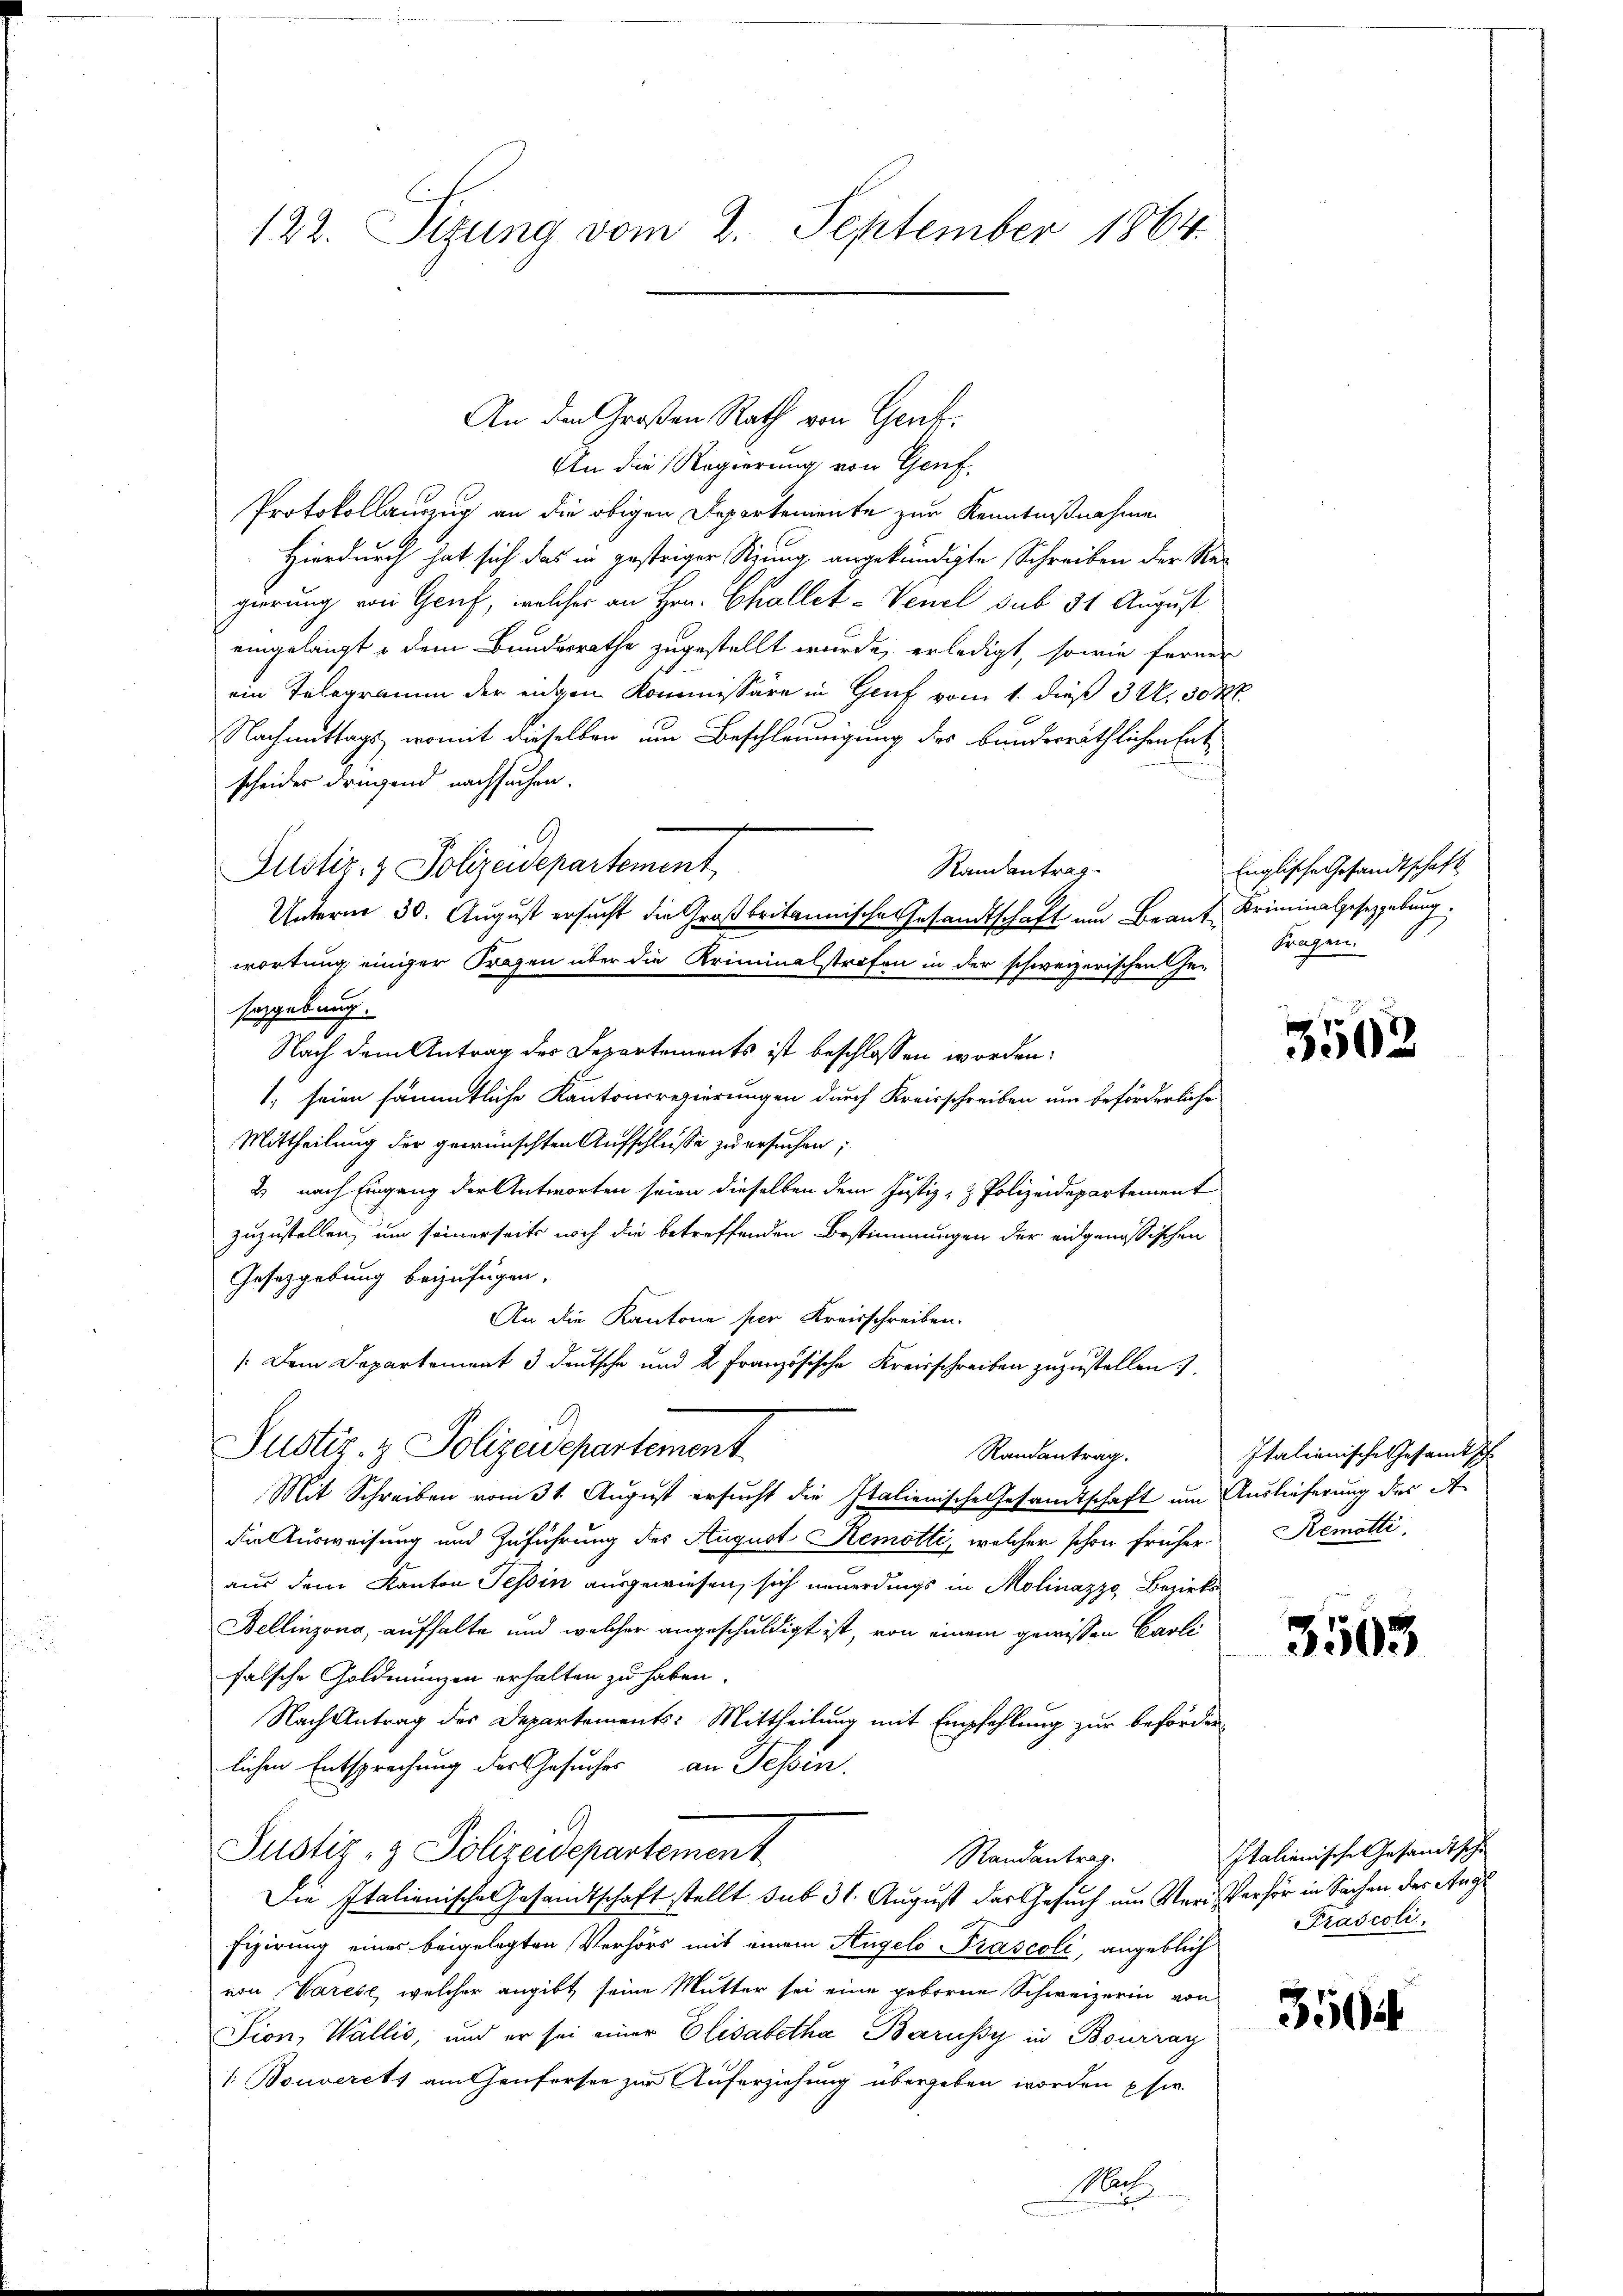
122. Sizung vom 2. September 1864.

An die Regierung von Genf,
Protokollauszug an die obigen Departemente zur Kenntnißnahmen
Hierdurch hat sich das in gestriger Riung angekündigte Schreiben der Re-
gierung von Genf, welcher an Hrn. Challet-Venel sub 31 August
eingelangt u dem Bundesrathe zugestellt wurde, erledigt, sowie ferner
ein Telegramm der eigen Kommissäre in Genf vom 1. dieß 3 U. 304.
Nachmittags, womit dieselben um Beschleunigung des bunderräthlichen Entscheides drügend nachsuchen.
9
Justiz- & Polizeidepartement
Randantrag
Unterne 30. August ersucht die Großbritannische Gesandtschaft um Beant Kriminalgesetzgebung
wortung einiger Fragen über die Kriminalstrafen in der schweizerischen Ge-
sazgebung.
Nach dem Antrag des Departements ist beschlossen worden:
1. seien sämmtliche Kantonsregierungen durch Kreisschreiben um beförderliche
Mittheilung der gewünschten Aufschlusse zu ersuchen;
2 nach Eingang der Antworten seien dieselben dem Justiz- & Polizeidepartement
zuzustellen, um seinerseits noch die betreffenden Bestimmungen der eidgenössischen
Gesetzgebung beizufügen.
An die Kantone per Kreisschreiben.
[Dem Departement 3 deutsche und 2 Französische Kreisschreiben zuzustellen
Justiz- & Polizeidepartement
Randantrag.
Mit Schreiben vom 31. August ersucht die Italienische Gesandtschaft um Auslieferung der A
die Ausweisung und Zuführung des August Remotti, welcher schon früheraus dem Kanton Tessin ausgewiesen, sich neuerdings in Molinazzo, Bezirks¬
Bellinzona, aufhalte und welcher angeschuldigt ist, von einem gewissen Carli
falsche Goldmünzen erhalten zu haben.
Nach Antrag des Departements: Mittheilung mit Empfehlung zur beförderlichen Entsprechung der Gesuches an Tessin.
Justiz- & Polizeidepartement
Randantrag.
Die Italienische Gesandtschaft stellt sub 31. August der Gesuch um Verwerfer in Sachen des Ange
Figierung eines beigelegten Verhörs mit einem Angelo Prascoli, angeblich
von Varese, welcher angibt seine Mutter sei eine geborne Schweizerin von
Tion, Wallis, und er sei einer Elisabetha Barüssy in Bourrag
1. Bouverets am Heufersee zur Auferziehung übergeben worden phi
Nach

An den Großen Rath von Genk.

Englische Gesandtschaft
Fragen.

3502

Italienische Gesandtsch
Remötte

3503

Italienische Gesandtsche
Prascoli.

359